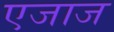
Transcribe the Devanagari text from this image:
एजाज